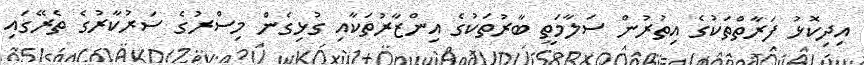
އިދިކޮޅު ފަރާތްތަކުގެ އިތުރުން ސަލާމަތީ ބާރުތަކުގެ އިންޒާރުތަކާއި ގުޅިގެން މިސްރުގެ ސަރުކާރުގެ ތެރޭގައި